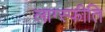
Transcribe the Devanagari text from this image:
लाग्स्फीति